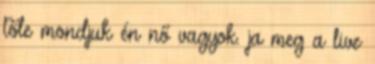
tőle mondjuk én nő vagyok. ja meg a live